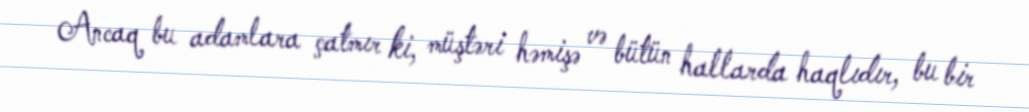
Ancaq bu adamlara çatmır ki, müştəri həmişə və bütün hallarda haqlıdır, bu bir